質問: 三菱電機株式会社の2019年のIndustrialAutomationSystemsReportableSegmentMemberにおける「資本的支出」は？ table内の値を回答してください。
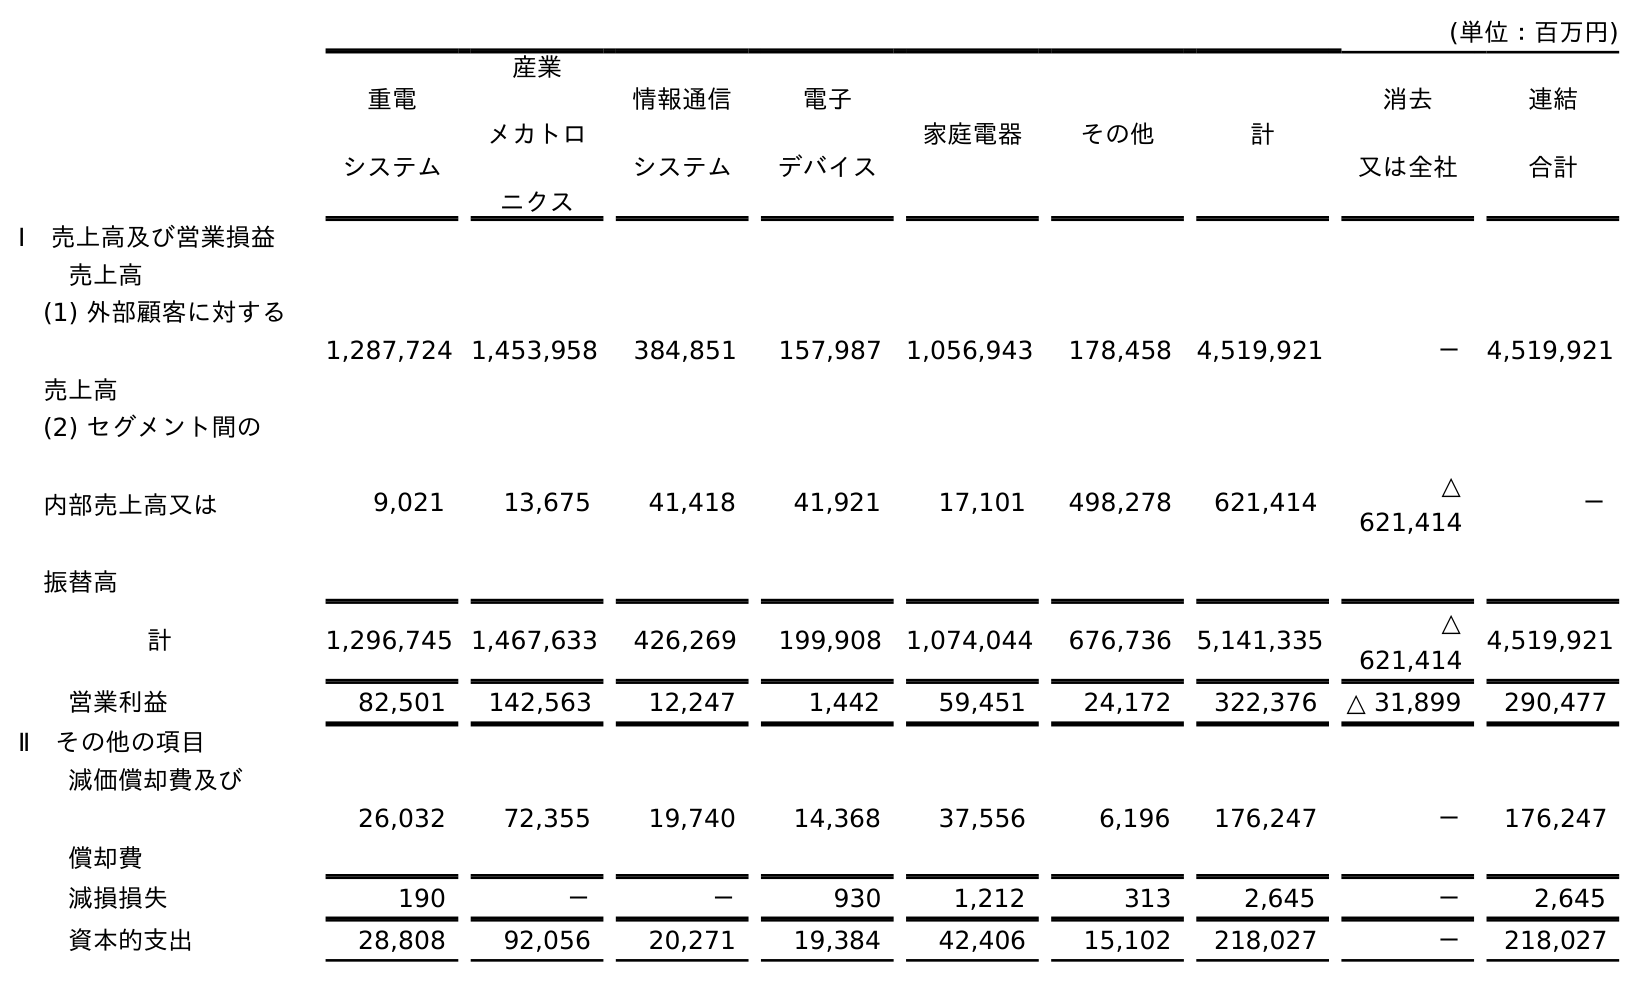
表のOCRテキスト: (単位：百万円) 重電 システム 産業 メカトロ ニクス 情報通信 システム 電子 デバイス 家庭電器 その他 計 消去 又は全社 連結 合計 Ⅰ 売上高及び営業損益 売上高 (1) 外部顧客に対する 売上高 1,287,724 1,453,958 384,851 157,987 1,056,943 178,458 4,519,921 － 4,519,921 (2) セグメント間の 内部売上高又は 振替高 9,021 13,675 41,418 41,921 17,101 498,278 621,414 △ 621,414 － 計 1,296,745 1,467,633 426,269 199,908 1,074,044 676,736 5,141,335 △ 621,414 4,519,921 営業利益 82,501 142,563 12,247 1,442 59,451 24,172 322,376 △ 31,899 290,477 Ⅱ その他の項目 減価償却費及び 償却費 26,032 72,355 19,740 14,368 37,556 6,196 176,247 － 176,247 減損損失 190 － － 930 1,212 313 2,645 － 2,645 資本的支出 28,808 92,056 20,271 19,384 42,406 15,102 218,027 － 218,027
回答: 92,056